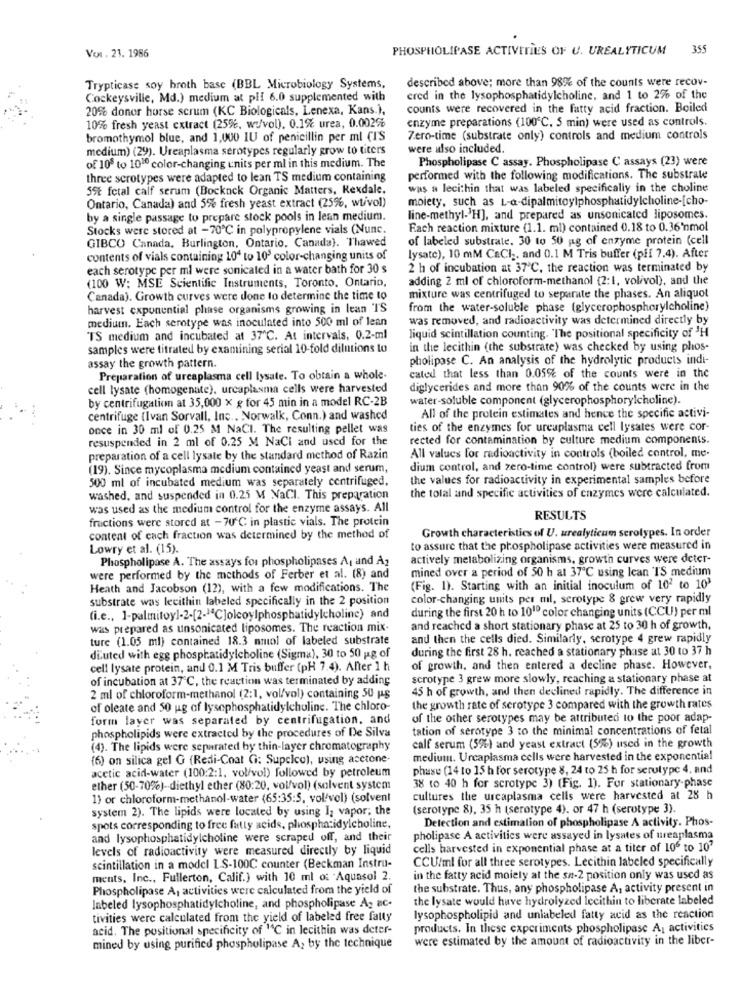
PHOSPHOLIPASE ACTIVITIES OF U. UREALYTICUM 355
Vor. 21. 1986
described above; more than 98% of the counts were recov-
Trypticase soy broth base (BBL Microbiology Systems,
Cockeysville, Md.) medium at plI 6.0 supplemented with
ered in the lysophosphatidylcholine, and 1 to 2% of the
20% donor horse scrum (KC Biologicals, Lenexa, Kans.),
counts were recovered in the fatty acid fraction. Boiled
enzyme preparations (100℃. 5 min) were used as controls.
10% fresh yeast extract (25%, wo/vol), 0.1% urea, 0.002%
bromothymol blue, and 1,000 IU of penicillin per ml CIS
Zero-time (substrate only) controls and medium controls
medium) (29). Ureaplasma serotypes regularly grow to titers
were also included.
Phospholipase C assay. Phospholipase C assays (23) were
of 108 to 1010 color-changing units per ml in this medium. The
three scrotypes were adapted to lean TS medium containing
performed with the following modifications. The substrate
59t fctal calf serum (Bocknck Organic Matters, Rexdale,
was a lecithin that was labeled specifically in the choline
moiety, such as L-a-dipalmitoylphosphatidylcholine-[cho-
Ontario, Canada) and 5% fresh yeast extract (25%, wtivol)
by a single passage to prepare stock pools in lean medium.
line-methyl->H], and prepared as unsonicated liposomes.
Stocks were stored at -70℃ in polypropylene vials (Nunc.
Fach reaction mixture (1.1. ml) contained 0.18 to 0.36'nmol
of labeled substrate. 30 to 50 ag of enzyme protein (cell
GIBCO Canada, Burlington, Ontario, Canada). Thawed
contents of vials containing 104 to 10' color-changing units of
lysate), 10 mM CaCl ., and 0.1 M Tris buffer (pff 7.4). After
each serotype per ml were sonicated in a water bath for 30 s
2 h of incubation at 37℃, the reaction was terminated by
adding 2 ml of chloroform-methanol (2:1, volivol), and the
(100 W: MSE Scientific Instruments, Toronto, Ontario,
Canada). Growth curves were done to determine the time to
mixture was centrifuged to separate the phases. An aliquot
harvest exponential phase organisms growing in lean TS
from the water-soluble phase (glycerophosphorylcholine)
medium. Each serotype was inoculated into 500 ml of lean
was removed, and radioactivity was determined directly by
TS medium and incubated at 37℃. At intervals, 0.2-ml
liquid scintillation counting. "The positional specificity of 'H
samples were titrated by examining serial 10-fold dilutions to
in the lecithin (the substrate) was checked by using phos-
pholipase C. An analysis of the hydrolytic products indi-
assay the growth pattern.
Preparation of ureaplasma cell lysate. To obtain a whole-
cated that less than 0.05% of the counts were in the
cell lysate (homogenate), urcaplasma cells were harvested
diglycerides and more than 90% of the counts were in the
by centrifugation at 35,000 x g for 45 min in a model RC-2B
water-soluble component (glycerophosphorylcholine).
centrifuge (Ivan Sorvall, Inc ., Norwalk, Conn.) and washed
All of the protein estimates and hence the specific activi-
once in 30 ml of 0.25 M NaCl. The resulting pellet was
ties of the enzymes for ureaplasma cell lysales were cor-
resuspended in 2 ml of 0.25 M NaCl and used for the
rected for contamination by culture medium components.
preparation of a cell lysale by the standard method of Razin
All values for radioactivity in controls (boiled control, me-
(19). Since mycoplasma medium contained yeast and serum,
dium control, and zero-time control) were subtracted from
500 ml of incubated medium was separately centrifuged,
the values for radioactivity in experimental samples before
the total and specific activities of enzymes were calculated.
washed, and suspended in 0.25 M NaCl. This preparation
was used as the medium control for the enzyme assays. All
fructions were stored at - 70'℃ in plastic vials. The protein
RESULTS
Growth characteristics of U. urealyticum serolypes. In order
content of each fraction was determined by the method of
Lowry et al. (15).
to assure that the phospholipase activities were measured in
Phospholipase A. The assays for phospholipases A, and Az
actively metabolizing organisms, growth curves were deter-
mined over a period of 50 h at 37℃ using lean TS medium
were performed by the methods of Ferber et al. (8) and
Heath and Jacobson (12), with a few modifications. The
(Fig. 1). Starting with an initial inoculum of 102 to 103
substrate was lecithin labeled specifically in the 2 position
color-changing units per ml, serotype 8 grew very rapidly
during the first 20 h to 1010 color changing units (CCU) per ml
(i.e ., 1-palmitoyl-2-[2-1ªC]olcoylphosphatidylcholine) and
was prepared as unsonicated liposomes. The reaction mix-
and reached a short stationary phase at 25 to 30 h of growth,
ture (1.05 ml) contained 18.3 mmol of labeled substrate
and then the cells died. Similarly, serotype 4 grew rapidly
during the first 28 h. reached a stationary phase at 30 to 37 h
diluted with egg phosphatidylcholine (Sigma), 30 to 50 ug of
cell lysate protein, and 0.1 M Tris buffer (pH 7.4). After 1 h
of growth, and then entered a decline phase. However,
of incubation at 37'℃, the reaction was terminated by adding
scrotype 3 grew more slowly, reaching a stationary phase at
45 h of growth, and then declined rapidly. The difference in
2 ml of chloroform-methanol (2:1, vol/vol) containing 50 ps
of oleate and 50 ug of lysephosphatidylcholine. The chloro-
the growth rate of serotype 3 compared with the growth rates
form layer was separated by centrifugation, and
of the other serotypes may be attributed to the poor adap-
phospholipids were extracted by the procedures of De Silva
tation of serotype 3 to the minimal concentrations of fetal
(4). The lipids were separated hy thin-layer chromatography
calf serum (5%) and yeast extract (5%) used in the growth
(6) on silica gel G (Redi-Coat G: Supelco), using acetone-
medium. Urcaplasma cells were harvested in the exponential
phase (14 to 15 h for serotype 8, 24 to 25 h for serotype 4. and
acetic acid-water (100:2:1, vol/vol) followed by petroleum
ether (50-70%)-diethyl ether (80:20, vol/vol) (solvent system
38 to 40 h for scrotype 3) (Fig. 1). For stationary-phase
1) or chloroform-methanol-water (65:35:5, vol/vol) (solvent
cultures the ureaplasma cells were harvested at 28 h
system 2). The lipids were located by using I; vapor; the
(serotype 8), 35 h (serotype 4). or 47 h (serotype 3).
Detection and estimation of phospholipase A activity. Phos-
spots corresponding to free fatty acids, phosphatidylcholine,
and lysophosphatidylcholine were scraped off, and their
pholipase A activities were assayed in lysates of ureaplasma
levels of radioactivity were measured directly by liquid
cells harvested in exponential phase at a titer of 106 to 107
CCU/ml for all three serotypes. Lecithin labeled specifically
scintillation in a model LS-100C counter (Beckman Instru-
ments, Inc ., Fullerton, Calif.) with 10 ml o: Aquasol 2.
in the fatty acid moiely at the sa-2 position only was used as
Phospholipase A, activities were calculated from the yield of
the substrate. Thus, any phospholipase A, activity present in
the lysate would have hydrolyzed lecithin to liberate labeled
labeled lysophosphatidylcholine, and phospholipase A- ac-
tivities were calculated from the yield of labeled free fatty
lysophospholipid and unlabeled fatty acid as the reaction
acid. The positional specificity of "C in lecithin was deter-
products. In these experiments phospholipase A, activities
were estimated by the amount of radioactivity in the liber-
mined by using purified phospholipase A, by the technique